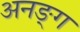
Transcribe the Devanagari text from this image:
अनङ्‌ग